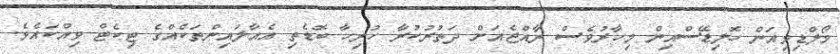
މޯލްޑިވިއަން ހޮލިޑޭސްއިން މިހާރުވެސް ރާއްޖެއަށް ދަތުރުކުރާ ހުރިހާ ބޮޑެތި އެއާލައިންތަކެއްގެ ޓިކެޓް ވިއްކައެވެ.